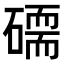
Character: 𥕷